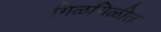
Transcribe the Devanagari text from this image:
गिळगिळीत